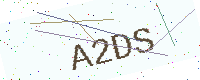
Text: A2DS